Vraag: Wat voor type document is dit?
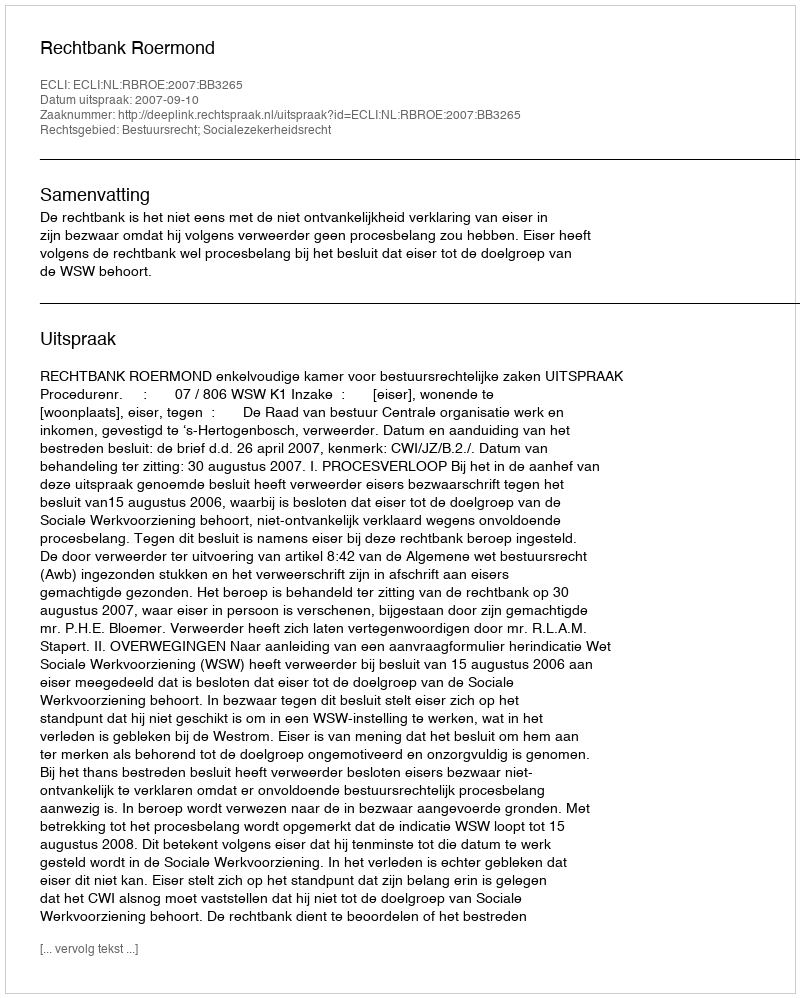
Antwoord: Uitspraak